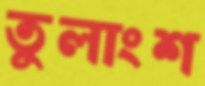
তুলাংশ